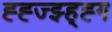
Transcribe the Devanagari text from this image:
ह्ह्ज्झ्ह्ह्ग